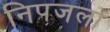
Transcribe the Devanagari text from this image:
निपजला